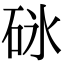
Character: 砯